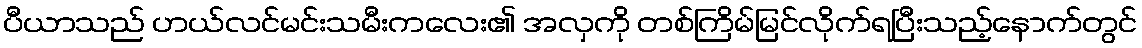
ပီယာသည် ဟယ်လင်မင်းသမီးကလေး၏ အလှကို တစ်ကြိမ်မြင်လိုက်ရပြီးသည့်နောက်တွင်